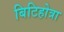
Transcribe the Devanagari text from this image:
बिटिहोत्रा